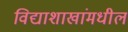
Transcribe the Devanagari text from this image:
विद्याशाखांमधील